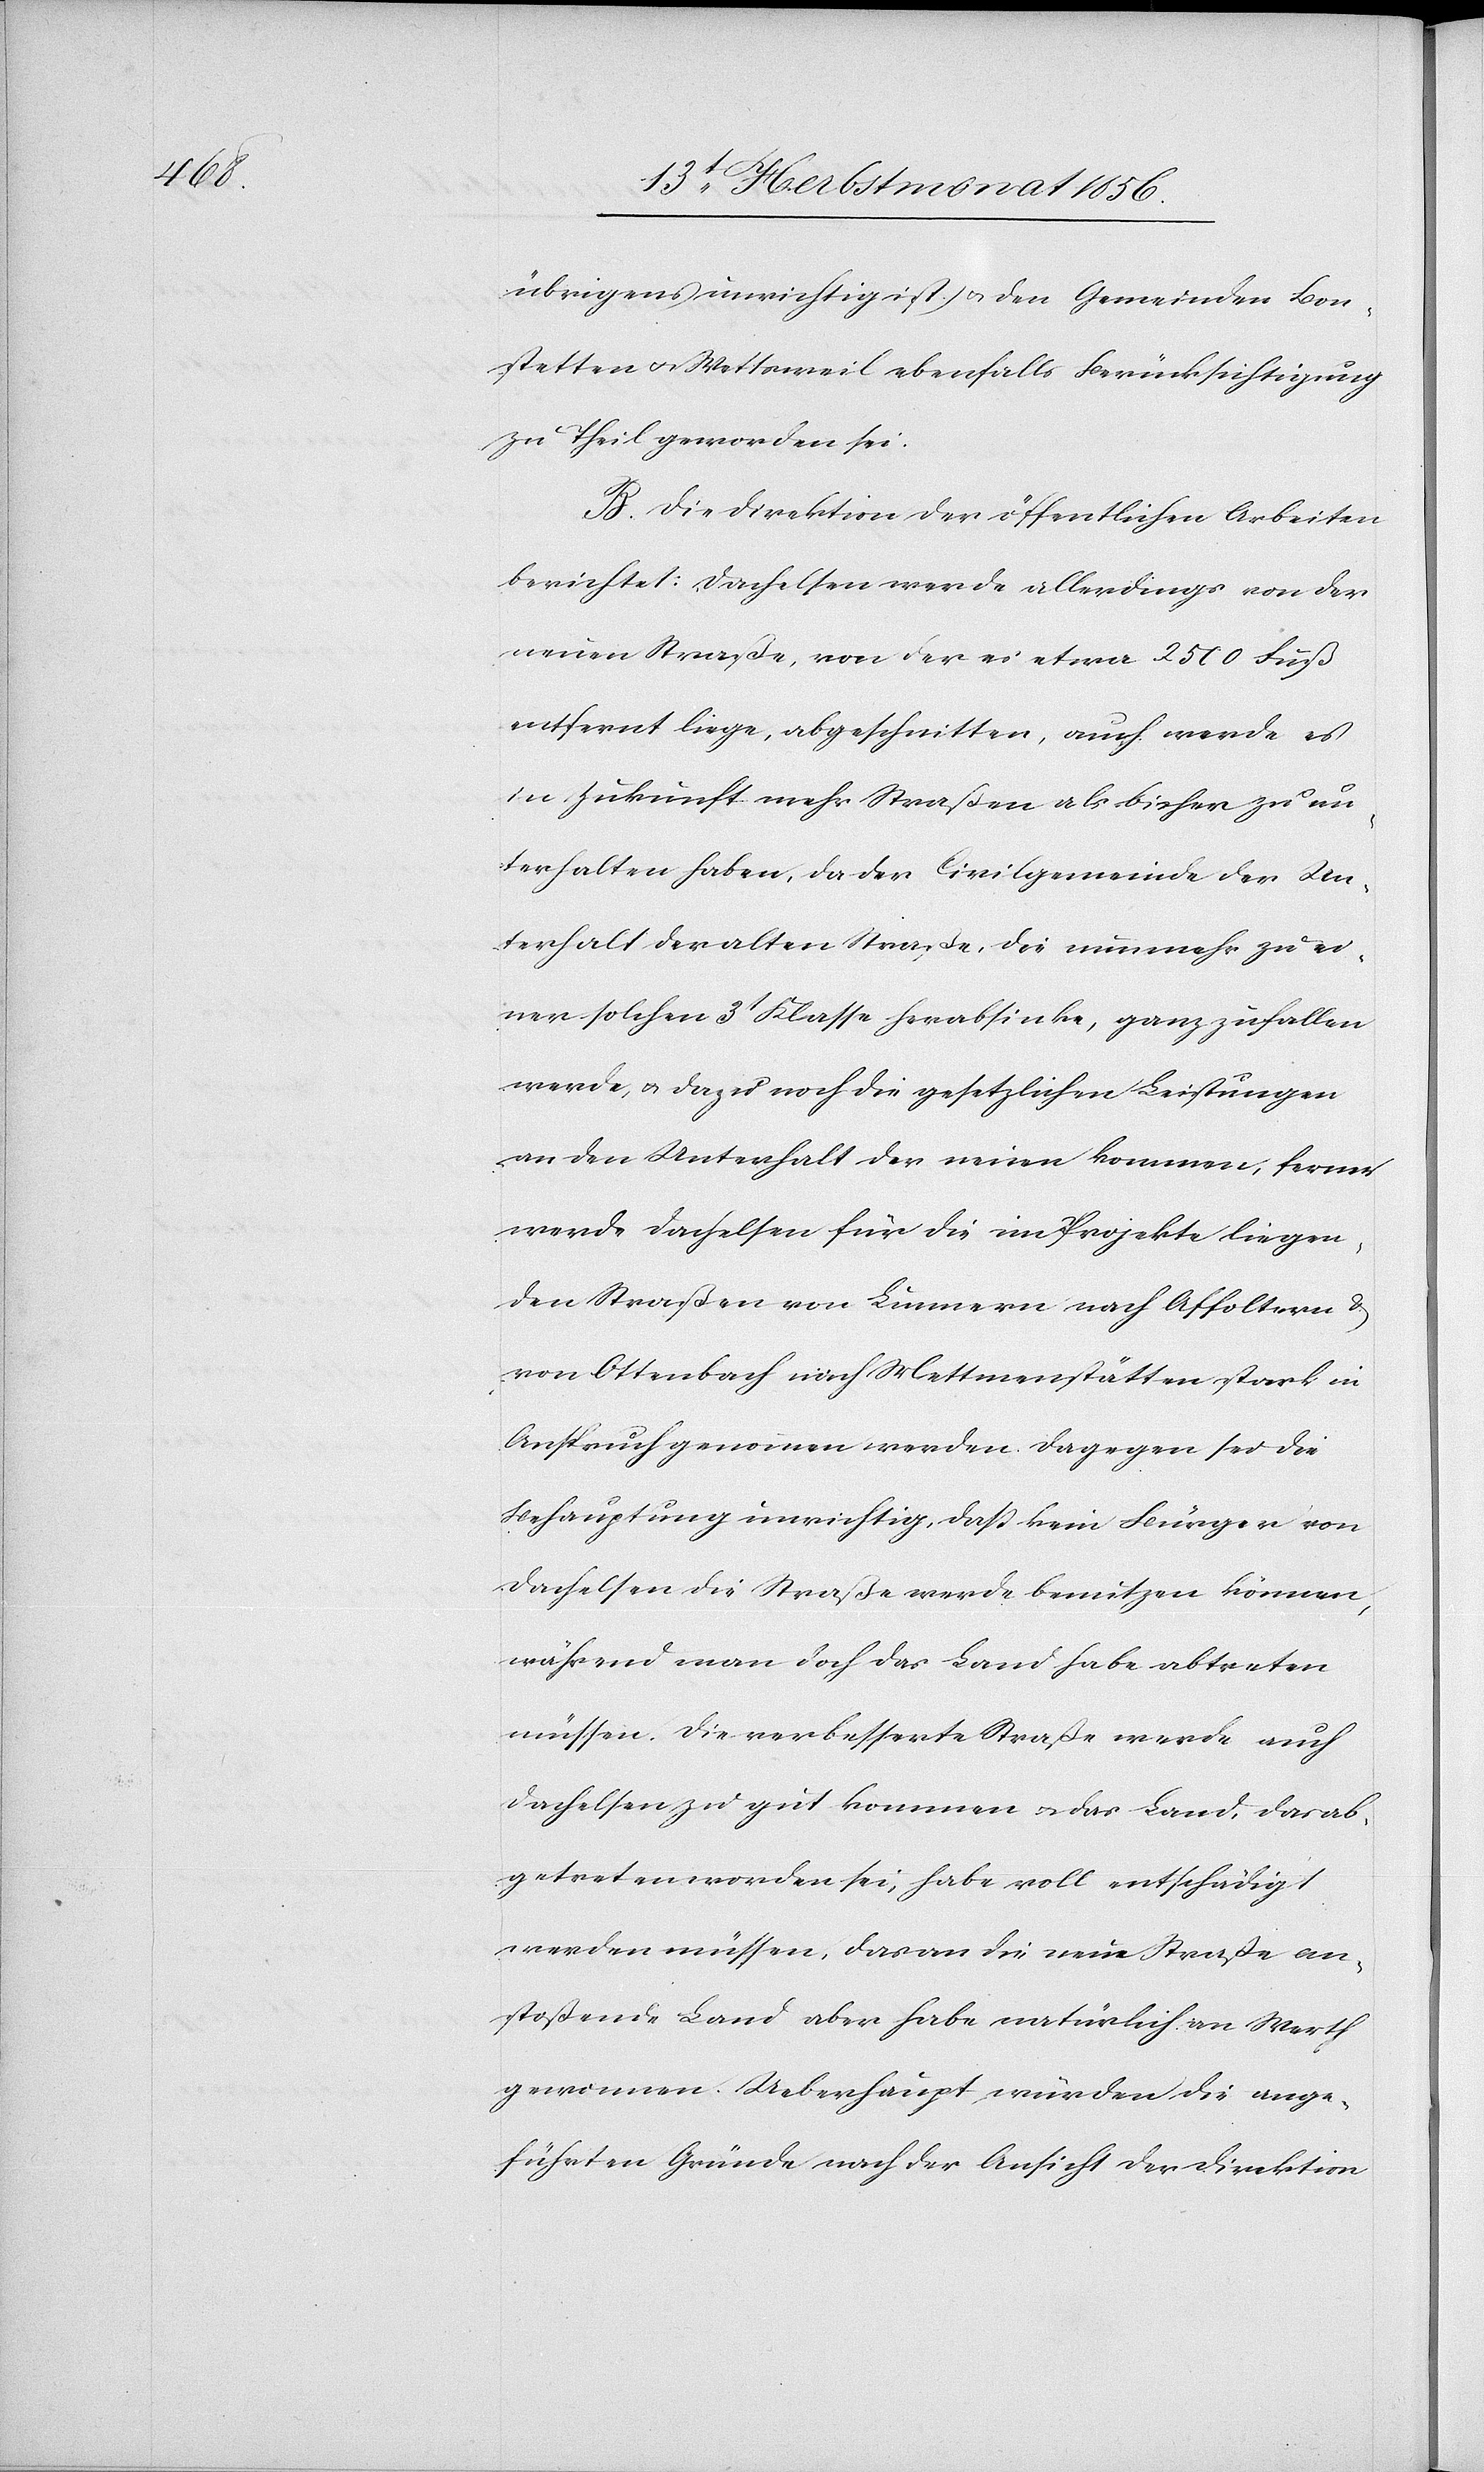
übrigens unrichtig ist.) u. den Gemeinden Bon¬
stetten u. Wettsweil ebenfalls Berücksichtigung
zu Theil geworden sei.
B. Die Direktion der öffentlichen Arbeiten
berichtet: Dachelsen werde allerdings von der
neuen Straße, von der es etwa 2500 Fuß
entfernt liege, abgeschnitten, auch werde es
in Zukunft mehr Straßen als bisher zu un¬
terhalten haben, da der Civilgemeinde der Un¬
terhalt der alten Straße, die nunmehr zu ei¬
ner solchen 3t Klasse herabsinke, ganz zufallen
werde, u. dazu noch die gesetzlichen Leistungen
an den Unterhalt der neuen kommen, ferner
werde Dachelsen für die im Projekte liegen¬
den Straßen von Lunnern nach Affoltern &
von Ottenbach nach Mettmenstätten stark in
Anspruch genommen werden. Dagegen sei die
Behauptung unwichtig, dass kein Bürger von
Dachelsen die Straße werde benutzen können,
während man doch das Land habe abtreten
müssen. Die verbesserte Straße werde auch
Dachelsen zu gut kommen u. das Land, das ab¬
getreten worden sei, habe voll entschädigt
werden müssen, das an die neue Straße an¬
stoßende Land aber habe natürlich an Werth
gewonnen. Ueberhaupt würden die ange¬
führten Gründe nach der Ansicht der Direktion